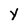
Character: Y